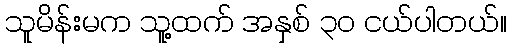
သူမိန်းမက သူ့ထက် အနှစ် ၃၀ ငယ်ပါတယ်။